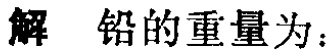
解 铅的重量为：